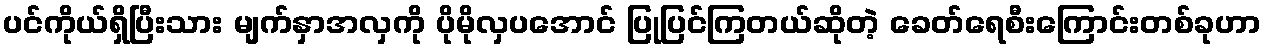
ပင်ကိုယ်ရှိပြီးသား မျက်နှာအလှကို ပိုမိုလှပအောင် ပြုပြင်ကြတယ်ဆိုတဲ့ ခေတ်ရေစီးကြောင်းတစ်ခုဟာ